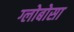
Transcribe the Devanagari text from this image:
ग्लोबोसा